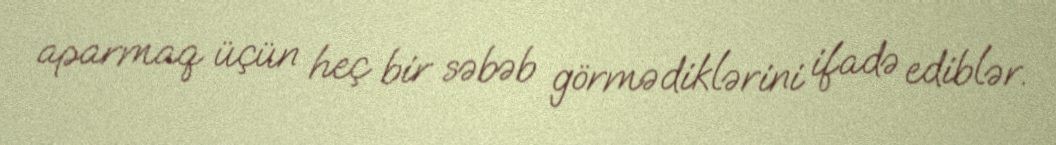
aparmaq üçün heç bir səbəb görmədiklərini ifadə ediblər.